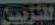
للتزيين